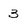
Character: 3